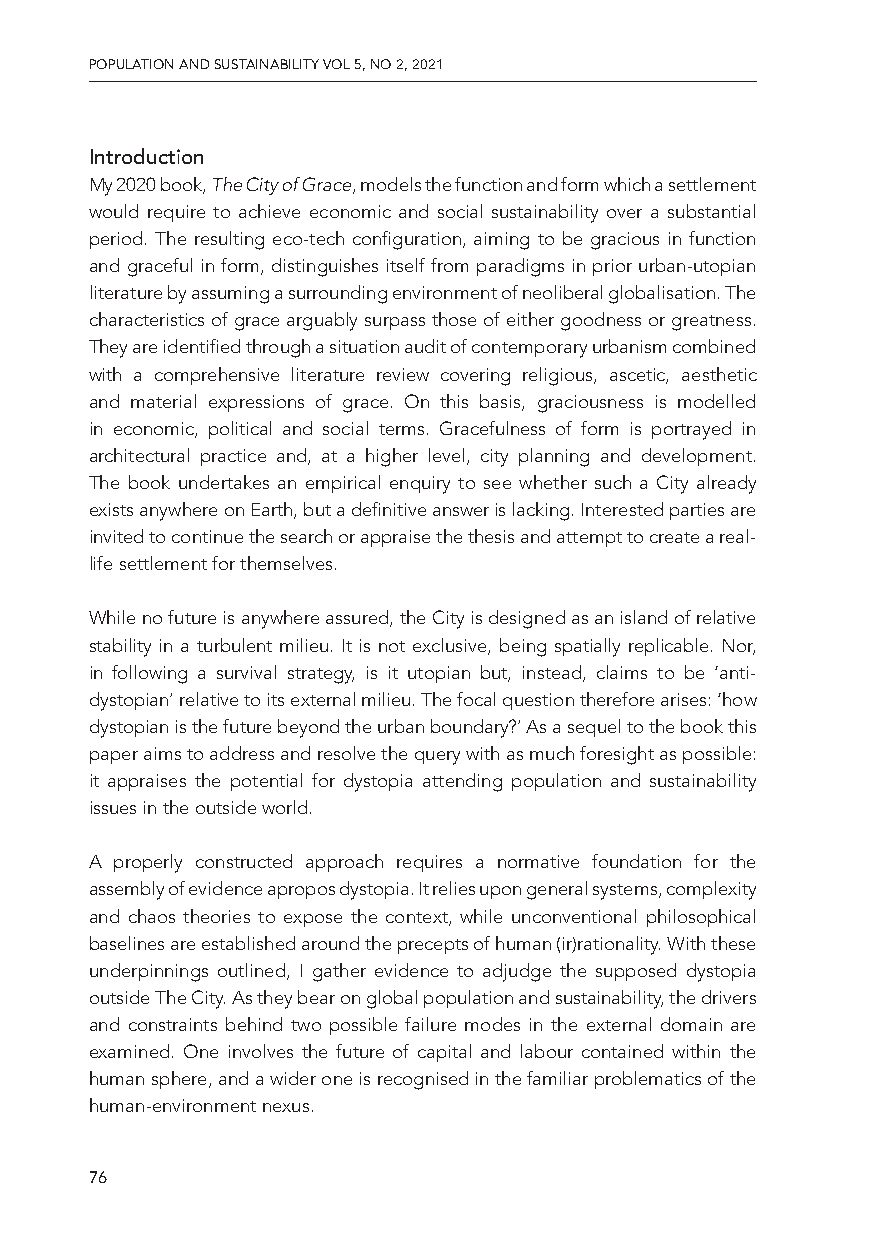
PPOOPPUULLAATTIIOONN AANNDD SSUUSSTTAAIINNAABBIILLIITTYY VVOOLL 55,, NNOO 22,, 22002211
 Introduction
 My 2020 book, The City of Grace, models the function and form which a settlement
 would require to achieve economic and social sustainability over a substantial
 period. The resulting eco-tech configuration, aiming to be gracious in function
 and graceful in form, distinguishes itself from paradigms in prior urban-utopian
 literature by assuming a surrounding environment of neoliberal globalisation. The
 characteristics of grace arguably surpass those of either goodness or greatness.
 They are identified through a situation audit of contemporary urbanism combined
 with a comprehensive literature review covering religious, ascetic, aesthetic
 and material expressions of grace. On this basis, graciousness is modelled
 in economic, political and social terms. Gracefulness of form is portrayed in
 architectural practice and, at a higher level, city planning and development.
 The book undertakes an empirical enquiry to see whether such a City already
 exists anywhere on Earth, but a definitive answer is lacking. Interested parties are
 invited to continue the search or appraise the thesis and attempt to create a real-
 life settlement for themselves.
 While no future is anywhere assured, the City is designed as an island of relative
 stability in a turbulent milieu. It is not exclusive, being spatially replicable. Nor,
 in following a survival strategy, is it utopian but, instead, claims to be ‘anti-
 dystopian’ relative to its external milieu. The focal question therefore arises: ‘how
 dystopian is the future beyond the urban boundary?’ As a sequel to the book this
 paper aims to address and resolve the query with as much foresight as possible:
 it appraises the potential for dystopia attending population and sustainability
 issues in the outside world.
 A properly constructed approach requires a normative foundation for the
 assembly of evidence apropos dystopia. It relies upon general systems, complexity
 and chaos theories to expose the context, while unconventional philosophical
 baselines are established around the precepts of human (ir)rationality. With these
 underpinnings outlined, I gather evidence to adjudge the supposed dystopia
 outside The City. As they bear on global population and sustainability, the drivers
 and constraints behind two possible failure modes in the external domain are
 examined. One involves the future of capital and labour contained within the
 human sphere, and a wider one is recognised in the familiar problematics of the
 human-environment nexus.
 7766